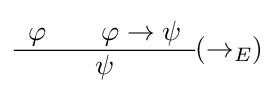
{\begin{array}{c}\varphi \qquad \varphi \to \psi \\\hline \psi \end{array}}(\to _{E})